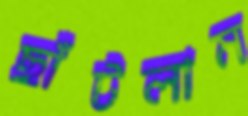
ছাঁটলাম